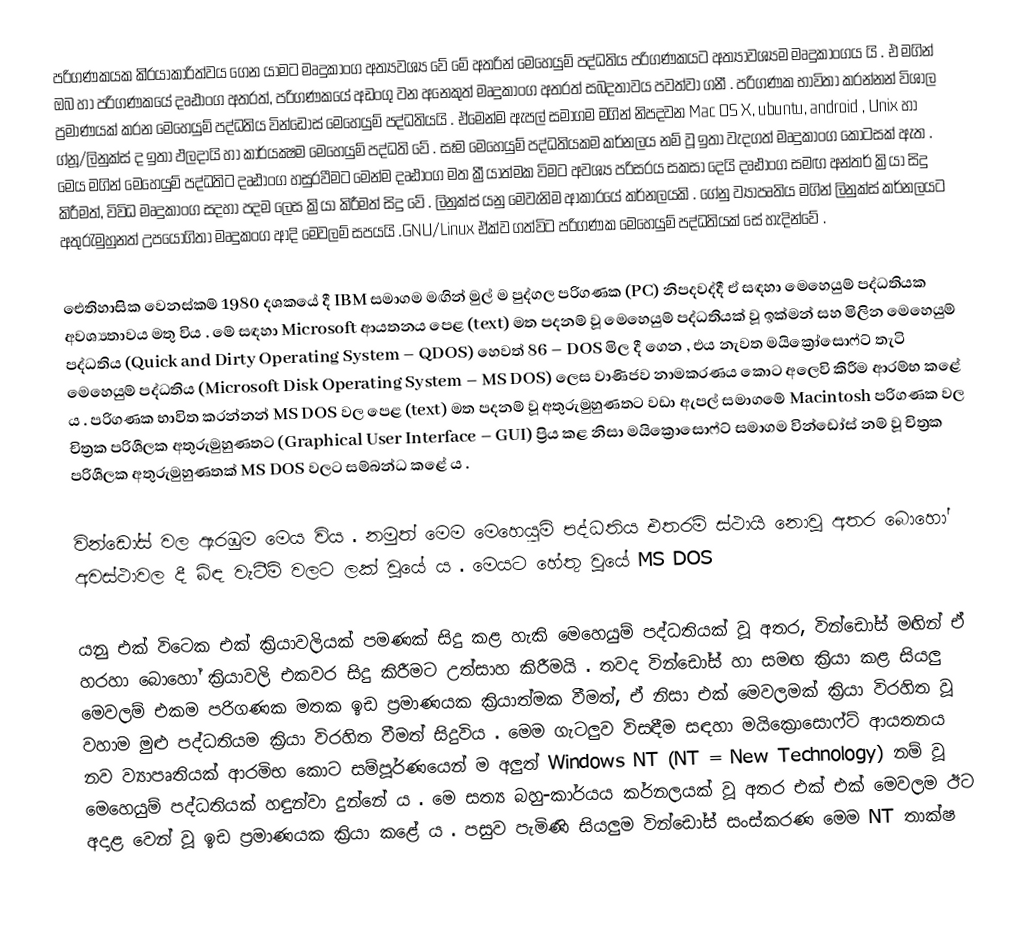
පරිගණකයක කි්‍රයාකාරිත්වය ගෙන යාමට මෘදුකාංග අත්‍යවශ්‍ය වේ මේ අතරින් මෙහෙයුම් පද්ධතිය පරිගණකයට අත්‍යාවශ්‍යම මෘදුකාංගය යි . එ මගින් ඔබ හා පරිගණකයේ දෘඪාංග අතරත්, පරිගණකයේ අඩංගු වන අනෙකුත් මෘදුකාංග අතරත් සබදතාවය පවත්වා ගනී .   පරිගණක භාවිතා කරන්නන් විශාල ප්‍රමාණයක් කරන මෙහෙයුම් පද්ධතිය වින්ඩෝස් මෙහෙයුම් පද්ධතියයි . ඒමෙන්ම ඇපල් සමාගම මගින් නිපදවන Mac OS X, ubuntu, android , Unix හා ග්නූ/ලිනුක්ස් ද ඉතා ඵලදායි හා කාර්යක්‍ෂම මෙහෙයුම් පද්ධති වේ . සෑම මෙහෙයුම් පද්ධතියකම කර්නලය නම් වූ ඉතා වැදගත් මෘදුකාංග කොටසක් ඇත . මෙය මගින් මෙහෙයුම් පද්ධතිට දෘඪාංග හසුරවීමට මෙන්ම දෘඪාංග මත ක්‍රීයාත්මක විමට අවශ්‍ය පරිසරය සකසා දෙයි  දෘඪාංග සමඟ අන්ත‍ර් ක්‍රියා සිදු කිරීමත්, විවිධ මෘදුකාංග සදහා පදම ලෙස ක්‍රියා කිරීමත් සිදු වේ . ලිනුක්ස් යනු මෙවැනිම ආකාරයේ කර්නලයකි . ගේනු ව්‍යාපෘතිය මගින්  ලිනුක්ස් කර්නලයට අතුරැමුහුනත් උපයෝගිතා මෘදුකංග  ආදි  මෙවලම් සපයයි .GNU/Linux ඒක්ව ගත්විට පරිගණක  මෙහෙයුම් පද්ධතියක් සේ හැදින්වේ .

ඓතිහාසික වෙනස්කම් 1980 දශකයේ දී IBM සමාගම මඟින් මුල් ම පුද්ගල පරිගණක (PC) නිපදවද්දී ඒ සඳහා මෙහෙයුම් පද්ධතියක අවශ්‍යතාවය මතු විය . මේ සඳහා Microsoft ආයතනය පෙළ (text) මත පදනම් වූ මෙහෙයුම් පද්ධතියක් වූ ඉක්මන් සහ මිලින මෙහෙයුම් පද්ධතිය (Quick and Dirty Operating System – QDOS) හෙවත් 86 – DOS මිල දී ගෙන , එය නැවත මයික්‍රෝසොෆ්ට් තැටි මෙහෙයුම් පද්ධතිය (Microsoft Disk Operating System – MS DOS) ලෙස වාණිජව නාමකරණය කොට අලෙවි කිරීම ආරම්භ කළේ ය . පරිගණක භාවිත කරන්නන් MS DOS වල පෙළ (text) මත පදනම් වූ අතුරුමුහුණතට වඩා ඇපල් සමාගමේ Macintosh පරිගණක වල චිත්‍රක පරිශීලක අතුරුමුහුණතට (Graphical User Interface – GUI) ප්‍රිය කළ නිසා මයික්‍රොසොෆ්ට් සමාගම වින්ඩෝස් නම් වූ චිත්‍රක පරිශීලක අතුරුමුහුණතක් MS DOS වලට සම්බන්ධ කළේ ය .

වින්ඩෝස් වල ඇරඹුම මෙය විය . නමුත් මෙම මෙහෙයුමි පද්ධතිය එතරම් ස්ථායි නොවූ අතර බොහෝ අවස්ථාවල දී බිඳ වැටීම් වලට ලක් වූයේ ය . මෙයට හේතු වූයේ MS DOS

යනු එක් විටෙක එක් ක්‍රියාවලියක් පමණක් සිදු කළ හැකි මෙහෙයුම් පද්ධතියක් වූ  අතර, වින්ඩෝස් මඟින් ඒ හරහා බොහෝ ක්‍රියාවලි එකවර සිදු කිරීමට උත්සාහ කිරීමයි . තවද වින්ඩෝස් හා සමඟ ක්‍රියා කළ සියලු මෙවලම් එකම පරිගණක මතක ඉඩ ප්‍රමාණයක ක්‍රියාත්මක වීමත්, ඒ නිසා එක් මෙවලමක් ක්‍රියා විරහිත වූ වහාම මුළු පද්ධතියම ක්‍රියා විරහිත වීමත් සිදුවිය . මෙම ගැටලුව විසඳීම සඳහා මයික්‍රොසොෆ්ට් ආයතනය නව ව්‍යාපෘතියක් ආරමිභ කොට සම්පූර්ණයෙන් ම අලුත් Windows NT (NT = New Technology) නම් වූ මෙහෙයුම් පද්ධතියක් හඳුන්වා දුන්නේ ය . මෙ සත්‍ය බහු-කාර්යය කර්නලයක් වූ අතර එක් එක් මෙවලම ඊට අදාළ වෙන් වූ ඉඩ ප්‍රමාණයක ක්‍රියා කළේ ය . පසුව පැමිණි සියලුම වින්ඩෝස් සංස්කරණ මෙම NT තාක්ෂ